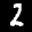
Label: 2